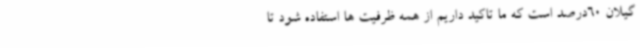
گیلان 60درصد است که ما تاکید داریم از همه ظرفیت ها استفاده شود تا